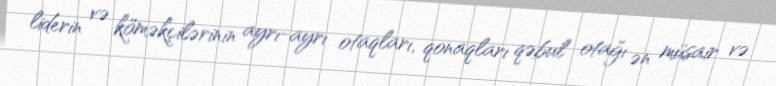
liderin və köməkçilərinin ayrı-ayrı otaqları, qonaqları qəbul otağı ən müsair və